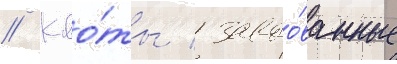
// Кво́ты / завоо́ванные